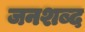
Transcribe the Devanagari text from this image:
जनशब्द